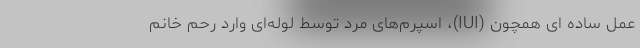
عمل ساده ای همچون (IUI)، اسپرم‌های مرد توسط لوله‌ای وارد رحم خانم